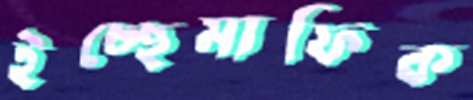
ইচ্ছেমাফিক